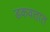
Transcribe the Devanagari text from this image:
डकवतात